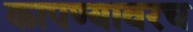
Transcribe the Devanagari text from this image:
कापण्यावरच